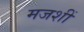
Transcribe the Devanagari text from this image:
मजशीं